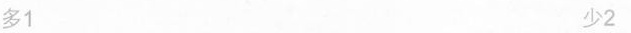
多1 少2